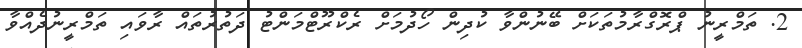
2. ތަމްރީނު ޕްރޮގްރާމުތަކަށް ބޭނުންވާ ކުދިން ހޯދުމަށް ރެކްރޫޓްމަންޓު ދަތުރުތައް ރާވައި ތަމްރީނުދެއްވާ